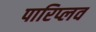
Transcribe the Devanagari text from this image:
पारिप्लव